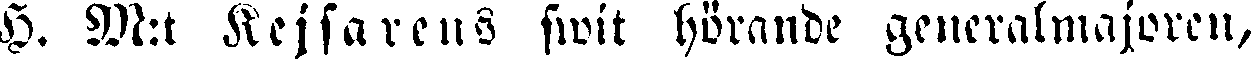
H. M:t Kejsarens swit hörande generalmajoren,